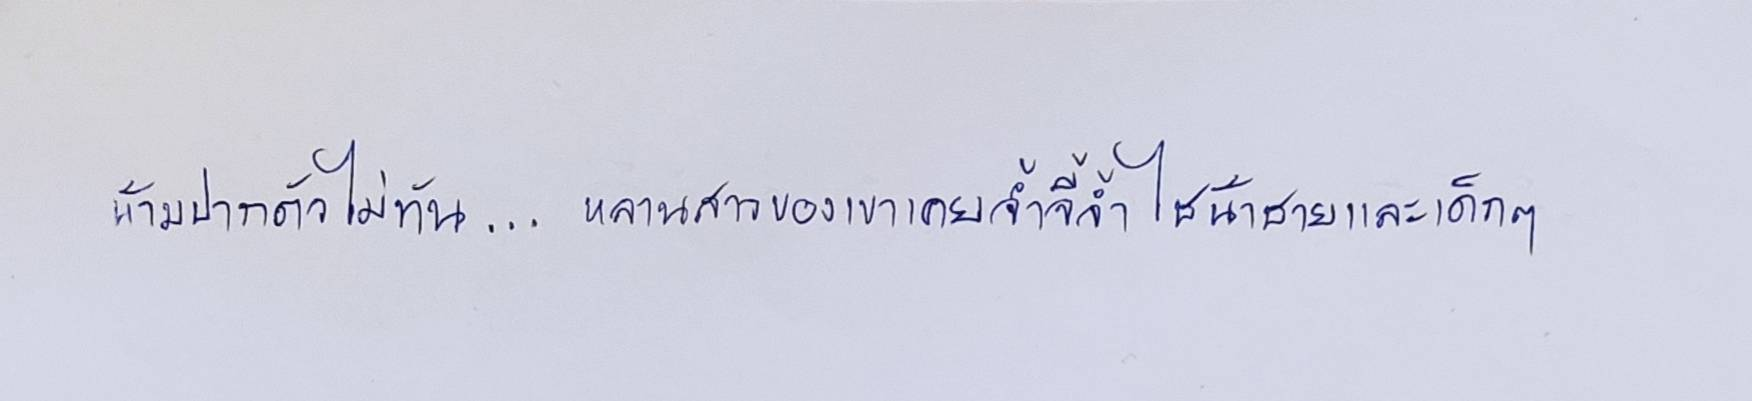
ห้ามปากตัวไม่ทัน...หลานสาวของเขาเคยจ้ำจี้จ้ำไชน้าชายและเด็กๆ